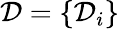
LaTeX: \mathcal{D}=\{ \mathcal{D}_{i}\}